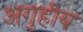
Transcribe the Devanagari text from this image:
अगुहीय